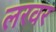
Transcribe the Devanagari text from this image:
लरवर